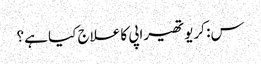
س: کریوتھیراپی کا علاج کیا ہے؟